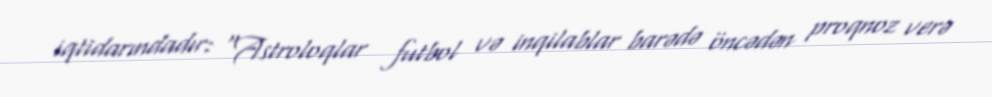
iqtidarındadır: “Astroloqlar futbol və inqilablar barədə öncədən proqnoz verə